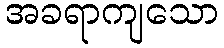
အခရာကျသော